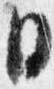
日